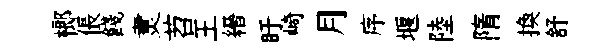
榔倀餞煑苕王縉盱崎月序堰陸隋換舒